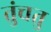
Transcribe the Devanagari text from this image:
तुंचतु